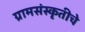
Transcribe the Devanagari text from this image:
ग्रामसंस्कृतीचे